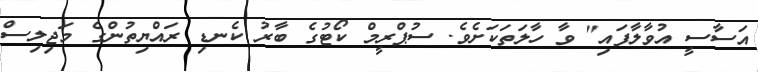
އަސާސީ އުވާލާފައި" ވާ ހާލަތަކަށެވެ. ސުޕްރީމް ކޯޓުގެ ބާރު ކެނޑި ރައްޔިތުންގެ މަޖިލިސް